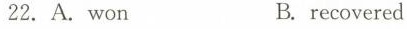
22.A.won B.recovcred